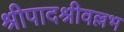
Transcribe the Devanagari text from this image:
श्रीपादश्रीवल्लभ